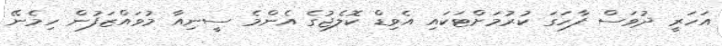
އަހަރީ ދުވަސް ފާހަގަ ކުރުމަށްޓަަކައި އެވިޑް ކޮލެޖުގެ އެންމެ ސީނިއާ މުވައްޒަފުން ހިމެނޭ